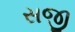
સજી